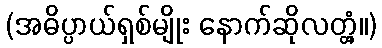
(အဓိပ္ပာယ်ရှစ်မျိုး နောက်ဆိုလတ္တံ့။)